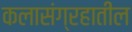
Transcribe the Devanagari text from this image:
कलासंग्रहातील